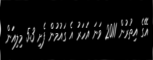
އޭގެ އިތުރުން 2011 ވަނަ އަހަރު އެ ގައުމުން ފެށި 5.3 މިލިއަން